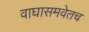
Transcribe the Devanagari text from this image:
वाघासमवेतच